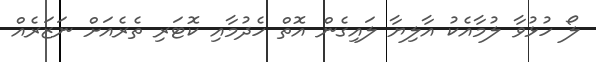
ލޯ ހުޅުވާ ލުމާއެކު އާލިޔާ ލައިގެން އޮތް ހެދުމާއި ކޮޓަރި ތެރެއަށް ނަޒަރެއް